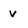
Character: v